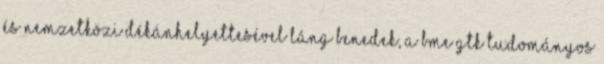
és nemzetközi dékánhelyettesével Láng Benedek, a BME GTK tudományos